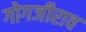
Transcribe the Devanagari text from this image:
गोगजीराव